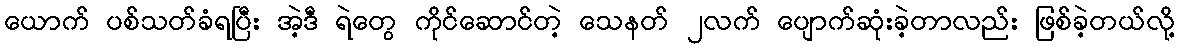
ယောက် ပစ်သတ်ခံရပြီး အဲ့ဒီ ရဲတွေ ကိုင်ဆောင်တဲ့ သေနတ် ၂လက် ပျောက်ဆုံးခဲ့တာလည်း ဖြစ်ခဲ့တယ်လို့